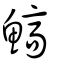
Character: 鰝